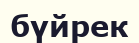
бүйрек